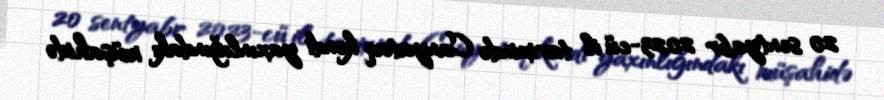
20 sentyabr 2023-cü il tarixində Canyataq kəndi yaxınlığındakı müşahidə